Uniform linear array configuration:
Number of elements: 4
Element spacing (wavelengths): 0.25
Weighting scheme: blackman
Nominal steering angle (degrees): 60
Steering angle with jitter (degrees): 60.022
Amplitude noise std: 0.05
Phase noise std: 0.05

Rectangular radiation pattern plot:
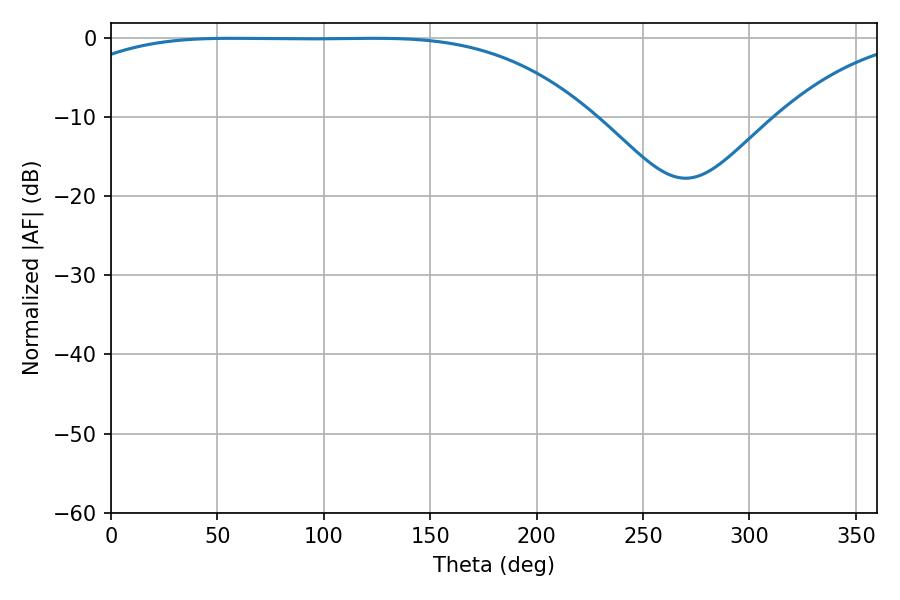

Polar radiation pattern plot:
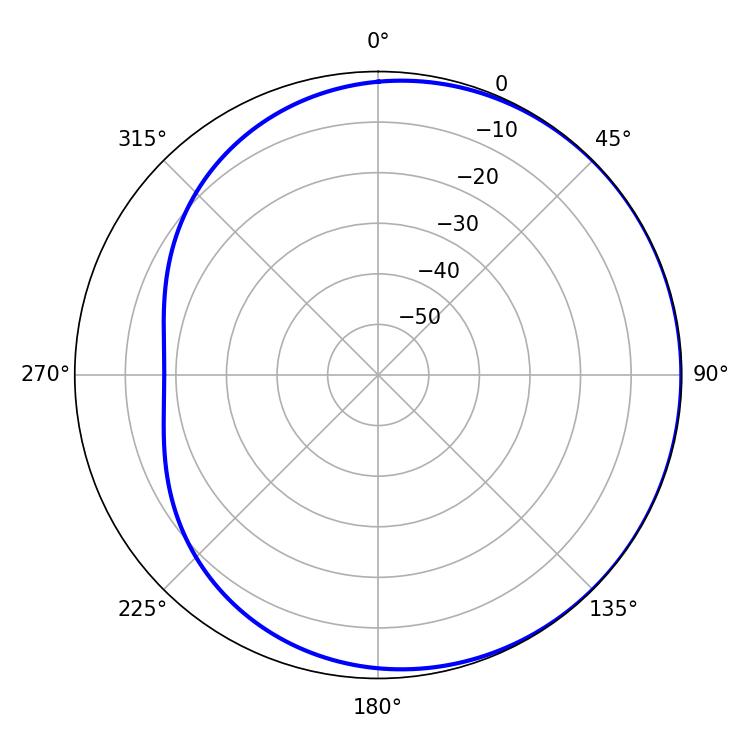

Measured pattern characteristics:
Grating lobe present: FALSE
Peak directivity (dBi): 0.6533
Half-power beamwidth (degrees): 189.36
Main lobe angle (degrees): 56.52